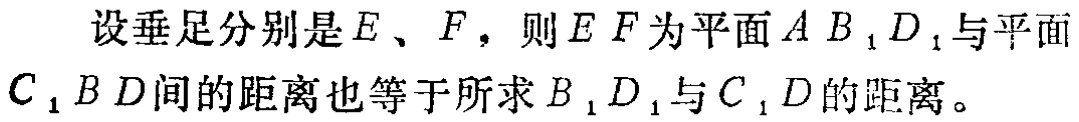
设垂足分别是\(E\)、\(F\)，则\(EF\)为平面\(AB_{1}D_{1}\)与平面\(C_{1}BD\)间的距离也等于所求\(B_{1}D_{1}\)与\(C_{1}D\)的距离。